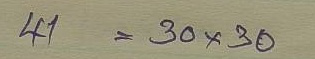
41 = 30 x 30